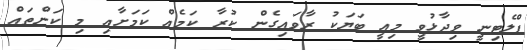
ޕްލެޓިނީ ވިދާޅުވީ މިއީ ބަޔަކު ރާވައިގެން ކުރާ ކަމެއް ކަމަށާއި މި ކަންތައް